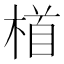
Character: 𪳂